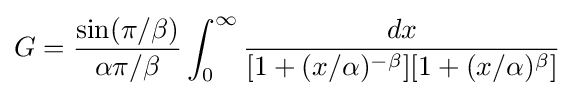
G={\sin(\pi /\beta ) \over {\alpha \pi /\beta }}\int _{0}^{\infty }{dx \over {[1+(x/\alpha )^{-\beta }][1+(x/\alpha )^{\beta }]}}